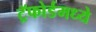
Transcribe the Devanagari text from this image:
ट्रॅफोर्डमध्ये